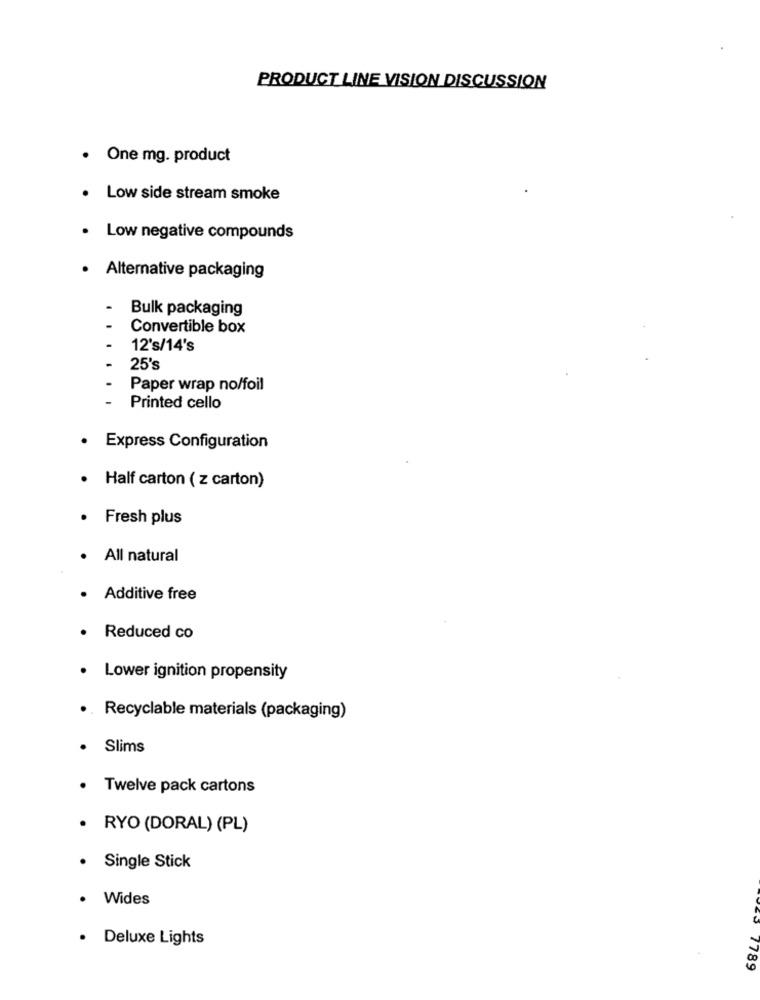
PRODUCT LINE VISION DISCUSSION
. One mg. product
. Low side stream smoke
. Low negative compounds
· Alternative packaging
Bulk packaging
Convertible box
12's/14's
25's
Paper wrap no/foil
Printed cello
. Express Configuration
Half carton ( z carton)
Fresh plus
All natural
· Additive free
Reduced co
Lower ignition propensity
. Recyclable materials (packaging)
Slims
Twelve pack cartons
RYO (DORAL) (PL)
Single Stick
Wides
· Deluxe Lights
₩ 7789